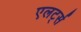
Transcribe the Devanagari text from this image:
एलर्ट्स